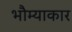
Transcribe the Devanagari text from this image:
भौम्याकार